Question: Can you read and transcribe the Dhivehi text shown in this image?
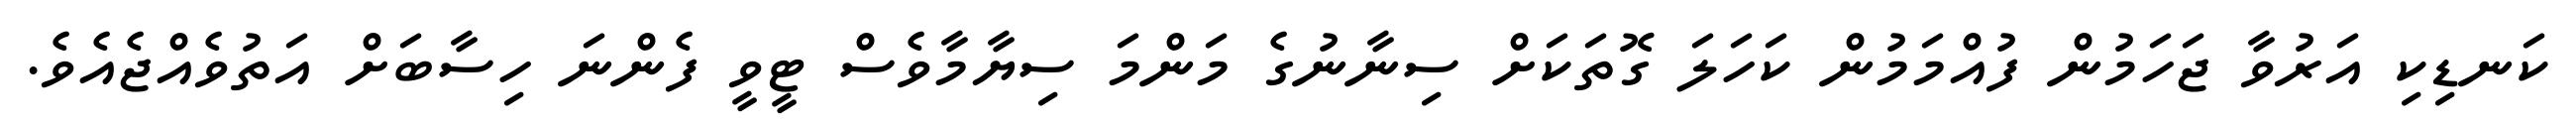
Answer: ކަނޑިކި އަރުވާ ޖަހަމުން ފުއްމަމުން ކަހަލަ ގޮތަކަށް ސިނާނުގެ މަންމަ ސިޔާމާވެސް ޓީވީ ފެންނަ ހިސާބަށް އަތުވެއްޖެއެވެ.